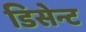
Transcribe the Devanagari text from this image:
डिसेन्ट